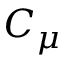
C _ { \mu }